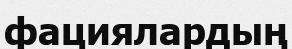
фациялардың